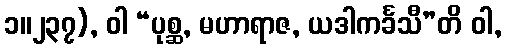
၁။၂၃၇), ဝါ “ပုစ္ဆ, မဟာရာဇ, ယဒါကင်္ခသီ”တိ ဝါ,